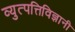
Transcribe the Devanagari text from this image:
व्युत्पत्तिविज्ञानी